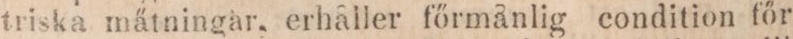
triska mätningar, erhåller főrmålig condition főr